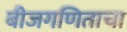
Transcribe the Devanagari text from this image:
बीजगणिताचा